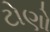
ટોણો